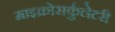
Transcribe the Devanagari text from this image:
माइक्रोसर्कुलेटरी